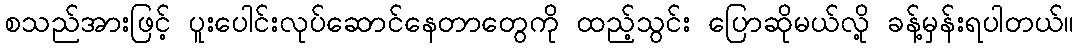
စသည်အားဖြင့် ပူးပေါင်းလုပ်ဆောင်နေတာတွေကို ထည့်သွင်း ပြောဆိုမယ်လို့ ခန့်မှန်းရပါတယ်။